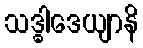
သဒ္ဓါဒေယျာနိ